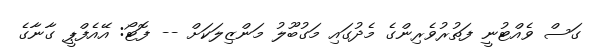
ގަސް ވެއްޓުނީ ފަތުރުވެރިންގެ މެދުގައި މަގުބޫލު މަންޒިލަކަށް -- ފޮޓޯ: އޭއެފްޕީ ގާނާގެ